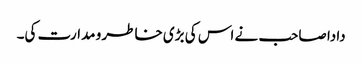
دادا صاحب نے اس کی بڑی خاطر و مدارت کی۔